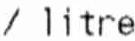
/ LITRE